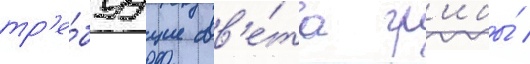
тр'е́буущие св'е́та гр'ибы́ /